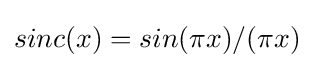
sinc(x)=sin(\pi x)/(\pi x)